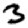
Digit: 3